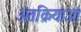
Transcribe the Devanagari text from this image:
अंतक्रियाओं